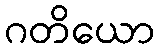
ဂတိယော